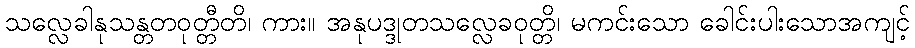
သလ္လေခါနုသန္တတဝုတ္တီတိ၊ ကား။ အနုပဒ္ဒုတသလ္လေခဝုတ္တိ၊ မကင်းသော ခေါင်းပါးသောအကျင့်